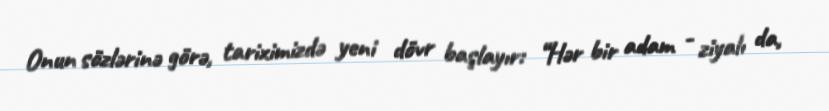
Onun sözlərinə görə, tariximizdə yeni dövr başlayır: “Hər bir adam - ziyalı da,